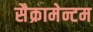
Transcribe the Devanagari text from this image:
सैक्रामेन्टम